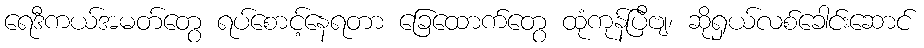
ရေဒီကယ်အမတ်တွေ ရပ်စောင့်နေရတာ ခြေထောက်တွေ ထုံကုန်ပြီဗျ၊ ဆိုရှယ်လစ်ခေါင်းဆောင်